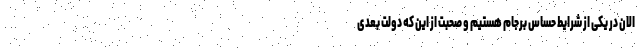
الان در یکی از شرایط حساس برجام هستیم و صحبت از این که دولت بعدی